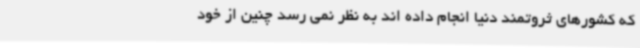
که کشورهای ثروتمند دنیا انجام داده اند به نظر نمی رسد چنین از خود